USPER Statement about UAP Sighting
Agency: Department of State
Incident date: Late 2025
Incident location: United States
Page 2
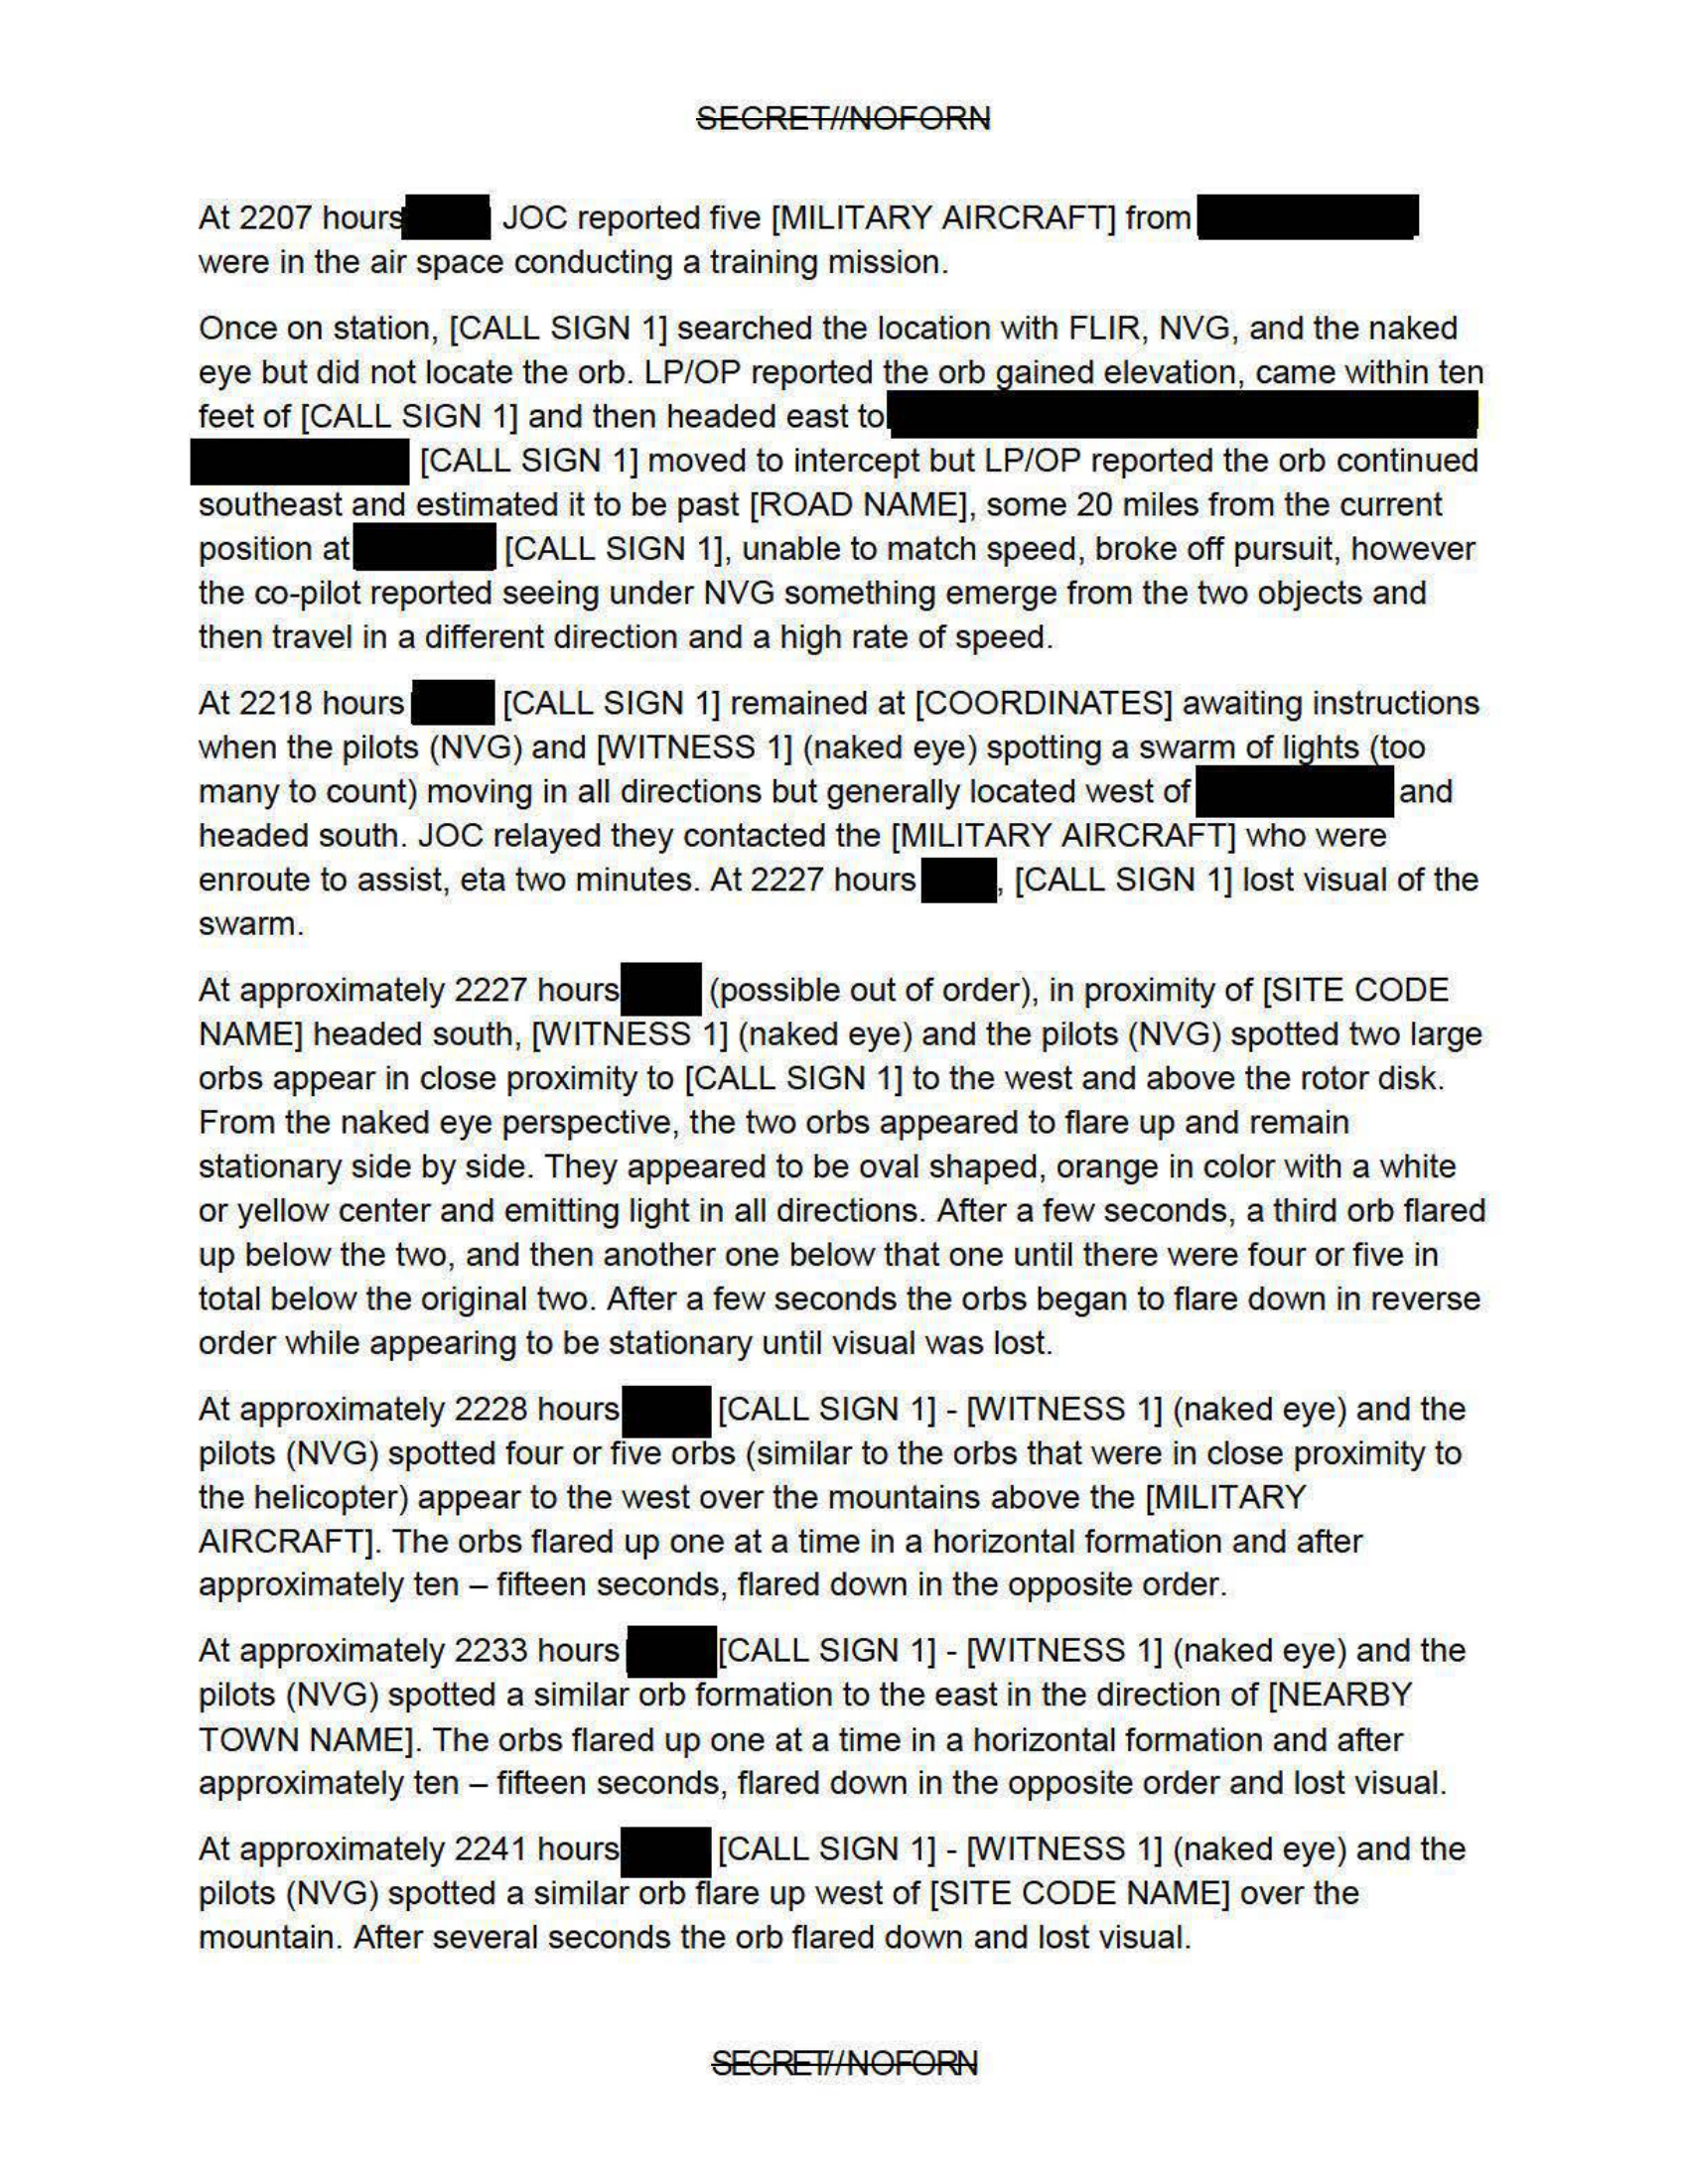